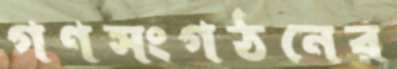
গণসংগঠনের